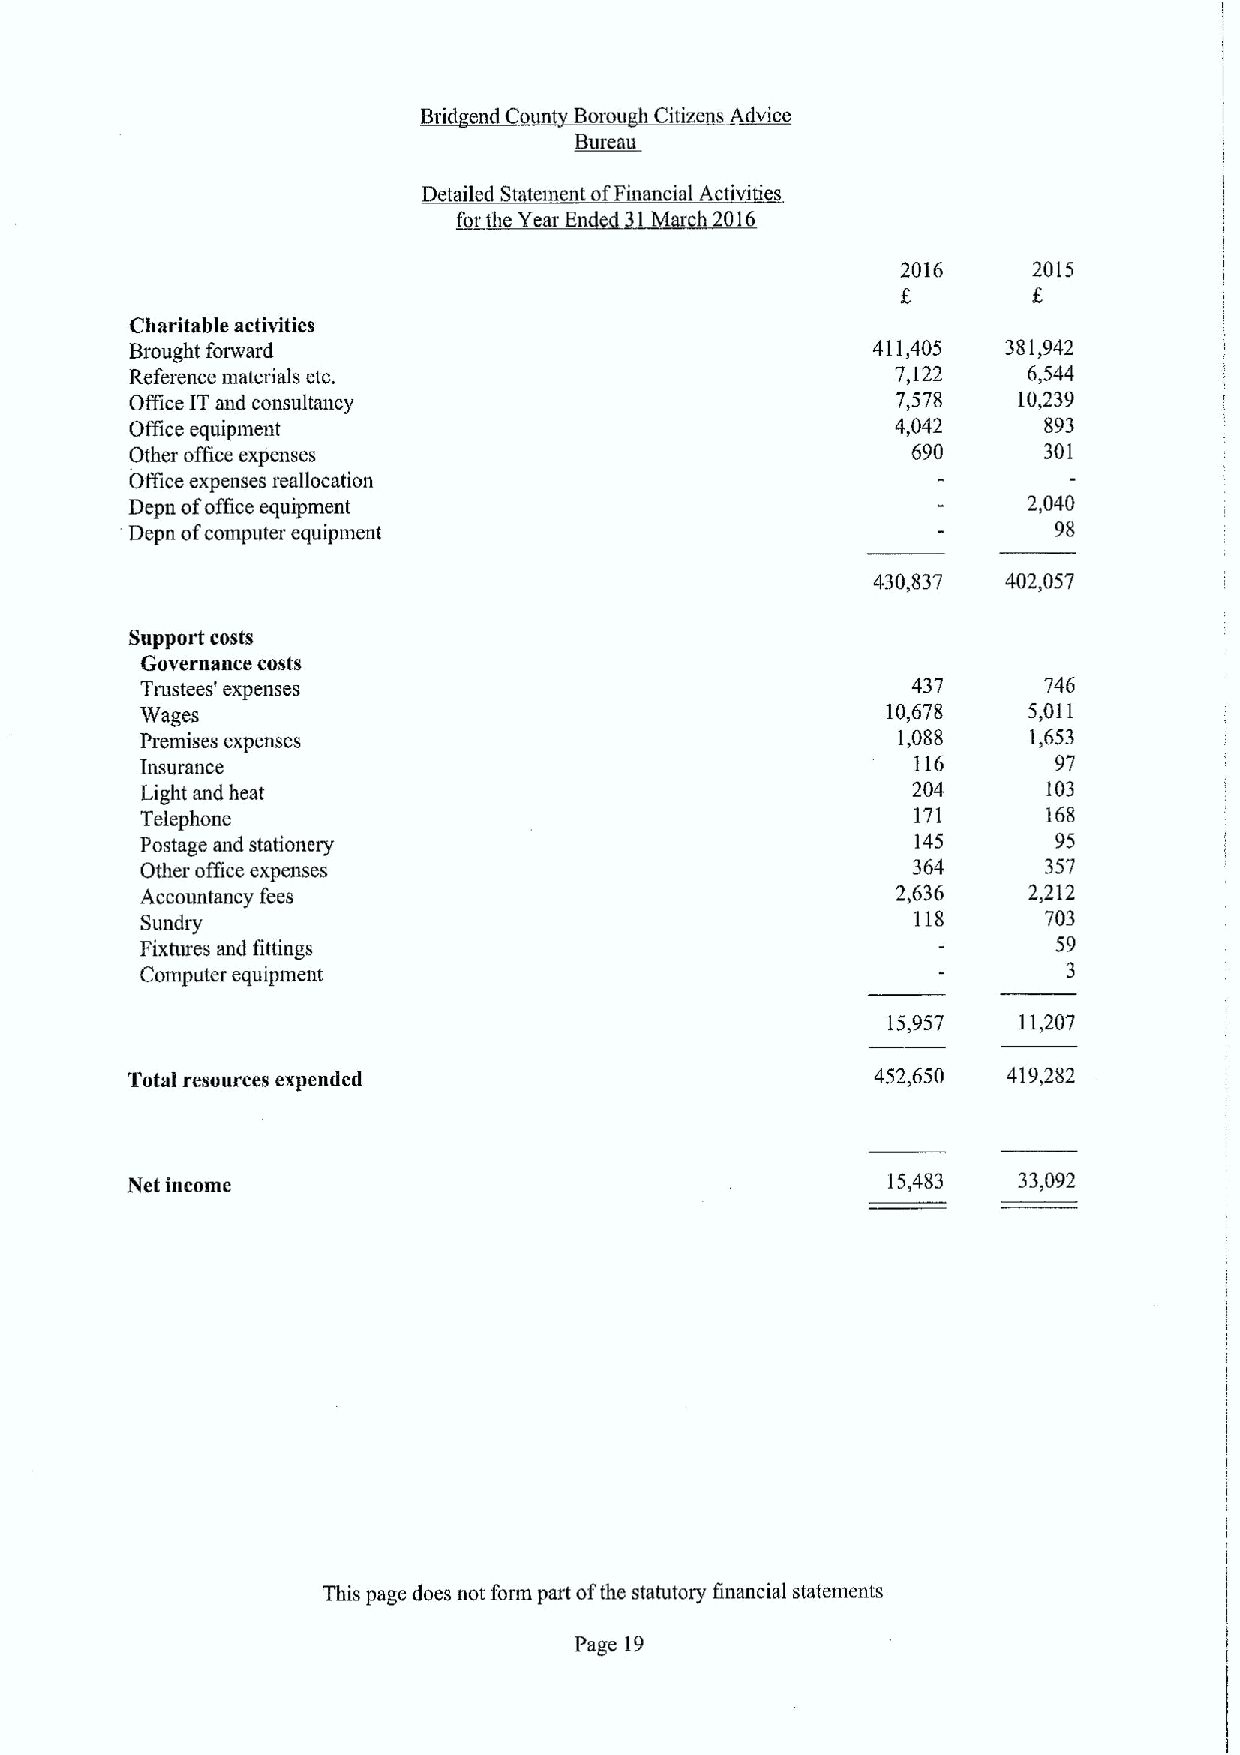
all~B|
 1          Gth  Aex
 Build
 Bureau
 Detailed St tern nt ofFinancial Act'vi i
 0th h Year En 1 arch 2016
 2016    2015
 Charitable activities
 Brought forward                                  411,405  381,942
 Reference materials etc.                          7,122    6,544
 Once ITand consultancy                            7,578   10,239
 Otlice equipment                                  4,042     893
 Other office expenses                              690      301
 Offlce expenses reallocation
 Depn ofoffice equipment                                    2,040
 Depn ofcomputer equipment                                    98
 430,837  402,057
 Support costs
 Governance costs
 Trustees' expenses                                 437      746
 Wages                                             10,678   5,011
 Premises expenses                                 1,088    1,653
 Insurance                                           116      97
 Light and heat                                     204      103
 Telephone                                          171      168
 Postage and stationery                              145      95
 Other office expenses                              364      357
 Accountancy fees                                  2,63(i   2,212
 118     703
 Sundry
 Fixtures and fittings                                        59
 Computer equipment                                            3
 15,957  11,207
 Total resources expended                          452,650  419,282
 Iqet income                                        15,483  33,092
 This page does not form part ofthe statutory financial statements
 Page 19